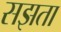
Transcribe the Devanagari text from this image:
सझता